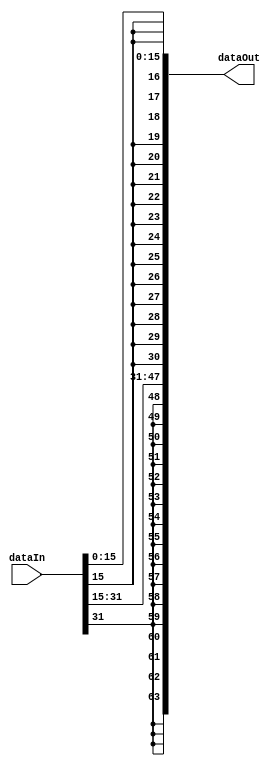
module signextend #(
        parameter DATA_WIDTH_IN = 16,
        parameter DEPTH = 2,
        parameter DATA_WIDTH_OUT = 32
)(
    input [DATA_WIDTH_IN*DEPTH-1:0]dataIn,
    output  [DATA_WIDTH_OUT*DEPTH-1:0]dataOut
);
/**********
 *  Array Packing Defines
 **********/
//These are preprocessor defines similar to C/C++ preprocessor or VHDL functions
`define PACK_ARRAY(PK_WIDTH,PK_DEPTH,PK_SRC,PK_DEST, BLOCK_ID, GEN_VAR)    genvar GEN_VAR; generate for (GEN_VAR=0; GEN_VAR<(PK_DEPTH); GEN_VAR=GEN_VAR+1) begin: BLOCK_ID assign PK_DEST[((PK_WIDTH)*GEN_VAR+((PK_WIDTH)-1)):((PK_WIDTH)*GEN_VAR)] = PK_SRC[GEN_VAR][((PK_WIDTH)-1):0]; end endgenerate
`define UNPACK_ARRAY(PK_WIDTH,PK_DEPTH,PK_DEST,PK_SRC, BLOCK_ID, GEN_VAR)  genvar GEN_VAR; generate for (GEN_VAR=0; GEN_VAR<(PK_DEPTH); GEN_VAR=GEN_VAR+1) begin: BLOCK_ID assign PK_DEST[GEN_VAR][((PK_WIDTH)-1):0] = PK_SRC[((PK_WIDTH)*GEN_VAR+(PK_WIDTH-1)):((PK_WIDTH)*GEN_VAR)]; end endgenerate

wire [DATA_WIDTH_IN-1:0] tmp [DEPTH-1:0];
reg [DATA_WIDTH_OUT-1:0] extend [DEPTH-1:0];
wire [DATA_WIDTH_OUT*DEPTH-1:0] tmpOut;

`UNPACK_ARRAY(DATA_WIDTH_IN,DEPTH,tmp,dataIn, U_BLK_0, idx_0)

integer i = 0;

always @ (dataIn) begin
    for(i = 0;i < DEPTH;i = i + 1)
    begin
        extend[i][DATA_WIDTH_IN-1:0] <= tmp[i][DATA_WIDTH_IN-1:0];
        extend[i][DATA_WIDTH_OUT-1:DATA_WIDTH_IN] <= {(DATA_WIDTH_OUT - DATA_WIDTH_IN){tmp[i][DATA_WIDTH_IN-1]}};
    end

end
`PACK_ARRAY(DATA_WIDTH_OUT,DEPTH,extend,tmpOut, U_BLK_1, idx_1)

assign dataOut = tmpOut;

endmodule // signextend